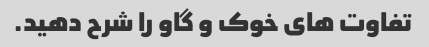
تفاوت های خوک و گاو را شرح دهید.